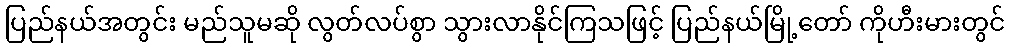
ပြည်နယ်အတွင်း မည်သူမဆို လွတ်လပ်စွာ သွားလာနိုင်ကြသဖြင့် ပြည်နယ်မြို့တော် ကိုဟီးမားတွင်